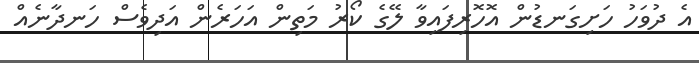
އެ ދުވަހު ހަށިގަނޑުން އޮހޮރިފައިވާ ލޭގެ ކޯރު މަތިން އަހަރެން އަދިވެސް ހަނދާނެއް